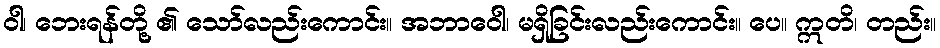
ဝါ၊ ဘေးရန်တို့ ၏ သော်လည်းကောင်း။ အဘာဝေါ၊ မရှိခြင်းလည်းကောင်း။ ပေ။ ဣတိ၊ တည်း။